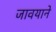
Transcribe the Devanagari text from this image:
जावयाने